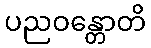
ပညဝန္တောတိ